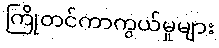
ကြိုတင်ကာကွယ်မှုများ